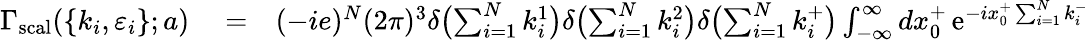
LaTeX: \begin{array}{rlr}{\Gamma_{\mathrm{scal}}(\lbrace{k_{i},\varepsilon_{i}\rbrace};a)}&{{}=}&{(-ie)^{N}(2\pi)^{3}\delta\bigl(\sum_{i=1}^{N}k_{i}^{1}\bigr)\delta\bigl(\sum_{i=1}^{N}k_{i}^{2}\bigr)\delta\bigl(\sum_{i=1}^{N}k_{i}^{+}\bigr)\int_{-\infty}^{\infty}dx_{0}^{+}\, \mathrm{e}^{-ix_{0}^{+}\sum_{i=1}^{N}k_{i}^{-}}}\end{array}